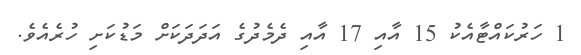
1 ހަރުކައްޓާއެކު 15 އާއި 17 އާއި ދެމެދުގެ އަދަދަަކަށް މަޑުކަށި ހުރެއެވެ.